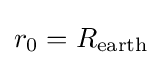
r_{0}=R_{\mathrm {earth} }\,\!